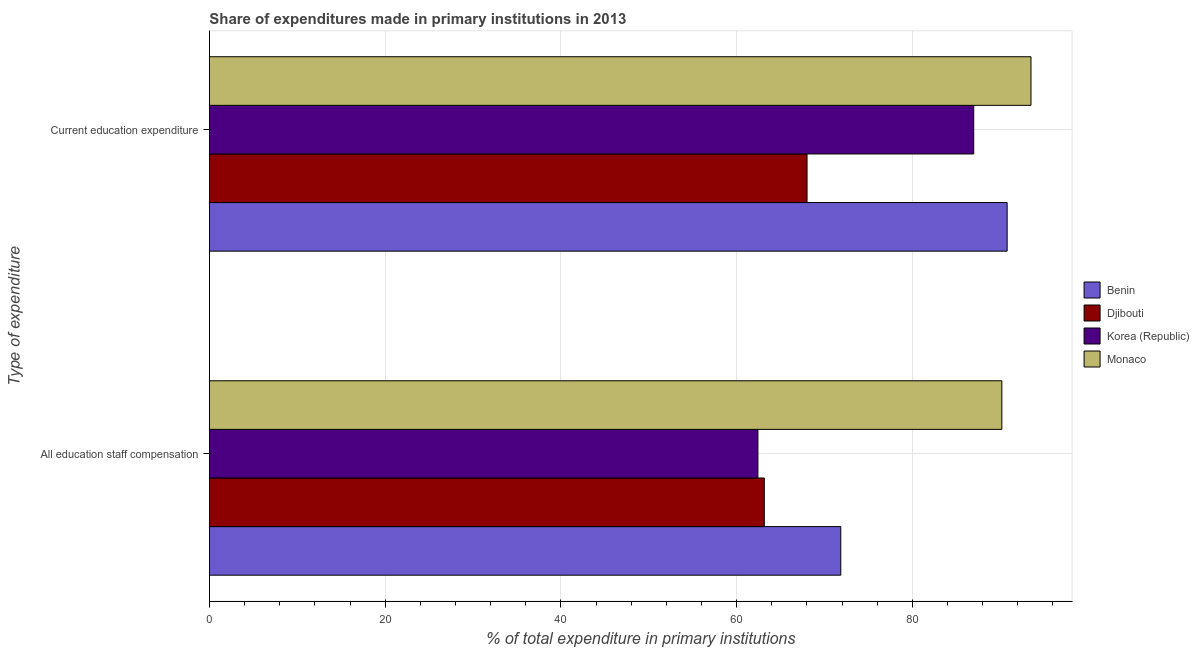
| Type of expenditure | Benin | Djibouti | Korea (Republic) | Monaco |
 | --- | --- | --- | --- | --- |
 | All education staff compensation | 71.9 | 63.1 | 62.4 | 90.2 |
 | Current education expenditure | 90.8 | 68 | 87 | 93.5 |